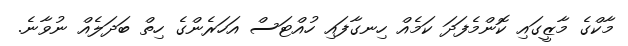
މާކްގެ މާޒީގައި ކޮންމެފަދަ ކަމެއް ހިނގާފައި ހުއްޓަސް އަހަރެންގެ ހިތް ބަދަލެއް ނުވާނެ.